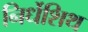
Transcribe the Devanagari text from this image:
निर्धेशिथ